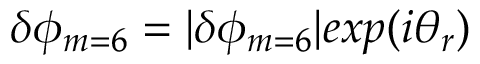
\delta \phi _ { m = 6 } = | \delta \phi _ { m = 6 } | e x p ( i \theta _ { r } )